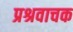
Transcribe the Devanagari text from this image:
प्रश्रवाचक